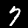
Label: 7